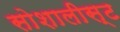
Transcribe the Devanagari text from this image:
सोशालीस्ट